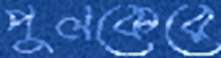
পুলকেরে